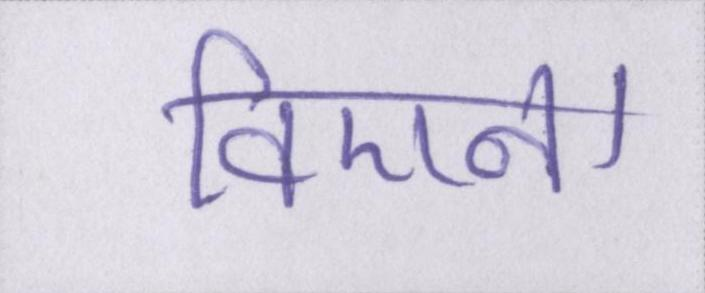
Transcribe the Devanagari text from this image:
विएना